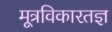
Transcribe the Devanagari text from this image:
मूत्रविकारतज्ञ